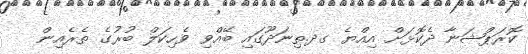
ކޮރަޕްޝަނާ ދެކޮޅަށް އިއްޔެ ގދ.ތިނަދޫގައި ބޭއްވި ވެހިކަލް ބުރުގެ ތެރެއިން